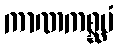
ကာဏကစ္ဆပံ